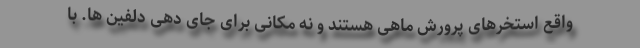
واقع استخرهای پرورش ماهی هستند و نه مکانی برای جای دهی دلفین ها. با